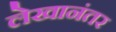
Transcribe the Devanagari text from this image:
लेखानंतर